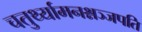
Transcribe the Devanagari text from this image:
चतुर्थ्यामनश्नञ्जपति